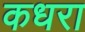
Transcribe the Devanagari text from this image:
कधरा